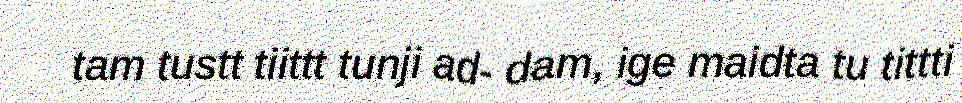
tam tustt tiittt tunji ad- dam, ige maidta tu tittti